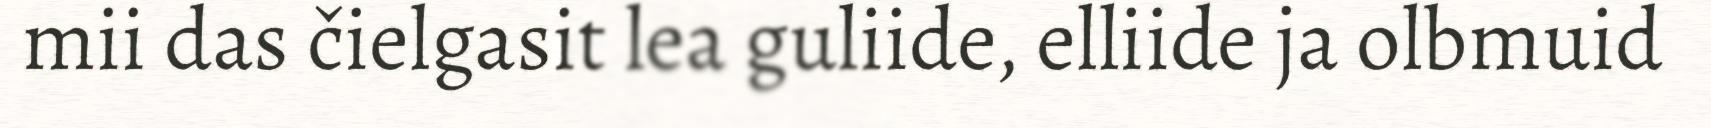
mii das čielgasit lea guliide, elliide ja olbmuid